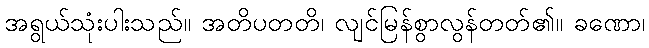
အရွယ်သုံးပါးသည်။ အတိပတတိ၊ လျင်မြန်စွာလွန်တတ်၏။ ခဏော၊